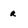
Character: a